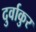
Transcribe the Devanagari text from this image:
दुर्वाकुर